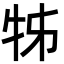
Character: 牬